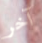
آخر